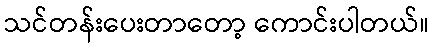
သင်တန်းပေးတာတော့ ကောင်းပါတယ်။